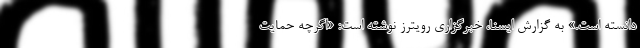
دانسته است.» به گزارش ایسنا، خبرگزاری رویترز نوشته است: «اگرچه حمایت